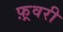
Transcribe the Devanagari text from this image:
फ़्रवरी